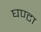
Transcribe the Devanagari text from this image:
घण्‍टा